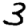
Digit: 3